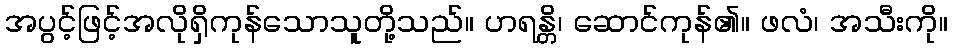
အပွင့်ဖြင့်အလိုရှိကုန်သောသူတို့သည်။ ဟရန္တိ၊ ဆောင်ကုန်၏။ ဖလံ၊ အသီးကို။